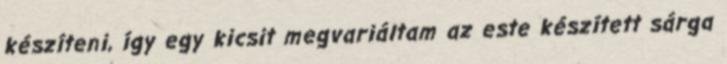
készíteni, így egy kicsit megvariáltam az este készített sárga